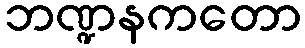
ဘဏ္ဍနကတော